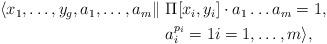
LaTeX: \begin{align*}\begin{aligned}\langle x_1, \ldots, y_g, a_1, \ldots, a_m\|\ & \Pi [x_i, y_i]\cdot a_1\ldots a_m = 1,\ \\&a_i^{p_i} = 1 i = 1, \ldots, m\rangle,\end{aligned}\end{align*}